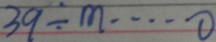
3 9 \div m \cdots 0